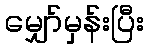
မျှော်မှန်းပြီး